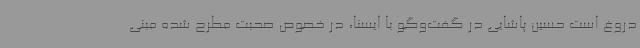
دروغ است حسین پاشایی در گفت‌وگو با ایسنا، در خصوص صحبت مطرح شده مبنی